Report of an investigation into the causes of malaria in Bombay and the measures necessary for its control
Disease focus: Malaria
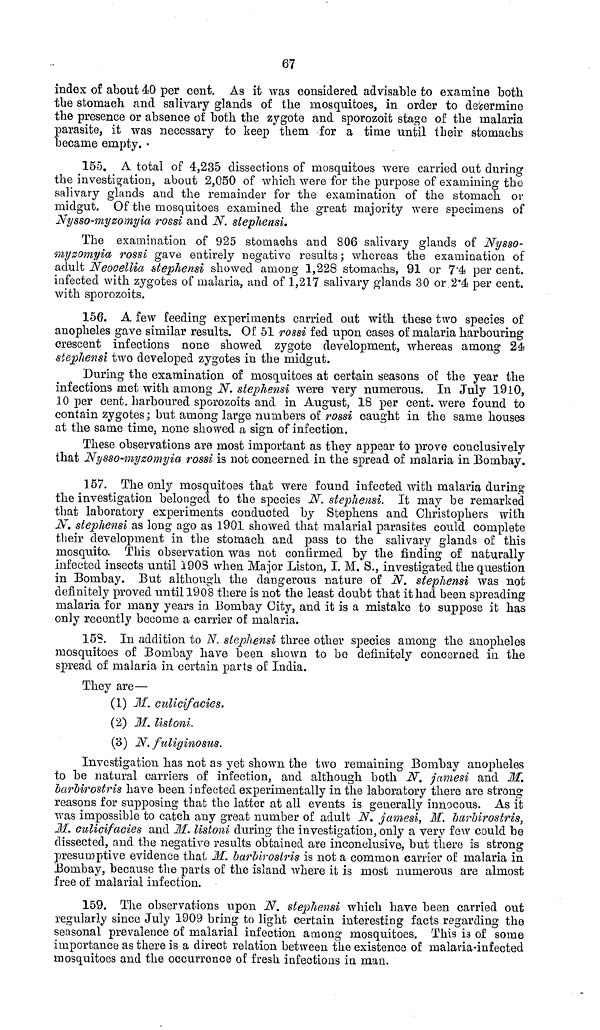
67
index of about 40 per cent. As it was considered advisable to examine both
the stomach and salivary glands of the mosquitoes, in order to determine
the presence or absence of both the zygote and sporozoit stage of the malaria
parasite, it was necessary to keep them for a time until their stomachs
became empty.
155. A total of 4,235 dissections of mosquitoes were carried out during
the investigation, about 2,050 of which were for the purpose of examining the
salivary glands and the remainder for the examination of the stomach or
midgut. Of the mosquitoes examined the great majority were specimens of
Nysso-myzomyia rossi and N. stephensi.
The examination of 925 stomachs and 806 salivary glands of Nysso-
onyzomyia rossi gave entirely negative results ; whereas the examination of
adult Neocellia stephensi showed among 1,228 stomachs, 91 or 7.4 per
156. A few feeding experiments carried out with these two species of
anopheles gave similar results. Of 51 rossi fed upon cases of malaria harbouring
crescent infections none showed zygote development, whereas among 24
siepheoisi two developed zygotes in the midgut.
During the examination of mosquitoes at certain seasons of the year the
infections met with among N. stephensi were very numerous. In July 1910,
10 per cent. harboured sporozoits and in August, 18 per cent. were found to
contain zygotes ; but among large numbers of rossi caught in the same houses
at the same time, none showed a sign of infection.
These observations ara most important as they appear to prove conclusively
that Nysso-onyzomyia rossi is not concerned in the spread of malaria in Bombay.
157. The only mosquitoes that were found infected with malaria during
the investigation belonged to the species N. stephensi. It may be remarked
that laboratory experiments conducted by Stephens and Christophers with
N. stephensi as long ago as 1901 showed that malarial parasites could complete
their development in the stomach and pass to the salivary glands of this
mosquito. This observation was not confirmed by the finding of naturally
infected insects until 1908 when Major Liston, I. M. S., investigated the question
in Bombay. But although the dangerous nature of N, stephensi was not
definitely proved until 1908 there is not the least doubt that it had been spreading
malaria for many years in Bombay City, and it is a mistake to suppose it has
only recently become a carrier of malaria.
15S. In addition to N. stephensi three other species among the anopheles
mosquitoes of Bombay have been shown to be definitely concerned in the
spread of malaria in certain parts of; India.
They are—
(1) M. culicifacies.
(2) M. listoni.
(3) N. fuliginosus.
Investigation has not as yet shown the two remaining Bombay anopheles
to be natural carriers of infection, and although both N. jamesi and M.
barbirostris have been infected experimentally in the laboratory there are strong
reasons for supposing that the latter at all events is generally innocous. As it
was impossible to catch any great number of adult N. jamesi, M. barbirostris,
31. culicifacies and 31. listoni during the investigation, only a very few could be
dissected, and the negative results obtained are inconclusive, but there is strong
presumptive evidence that M. barbirostris is not a common carrier of: malaria in
Bombay, because the parts of the island where it is most numerous are almost
free of malarial infection.
159. The observations upon N. stephensi which have been carried out
regularly since July 1909 bring to light certain interesting facts regarding the
seasonal prevalence of malarial infection among mosquitoes. This is of some
importance as there is a direct relation between the existence of malaria-infected
mosquitoes and the occurrence of fresh infections in man.